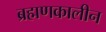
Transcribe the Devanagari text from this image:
ब्रह्मणकालीन